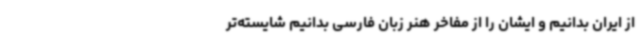
از ایران بدانیم و ایشان را از مفاخر هنر زبان فارسی بدانیم شایسته‌تر